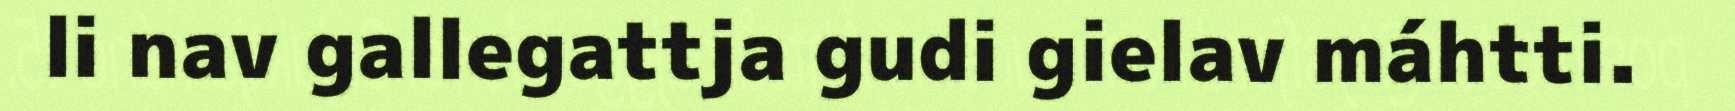
li nav gallegattja gudi gielav máhtti.